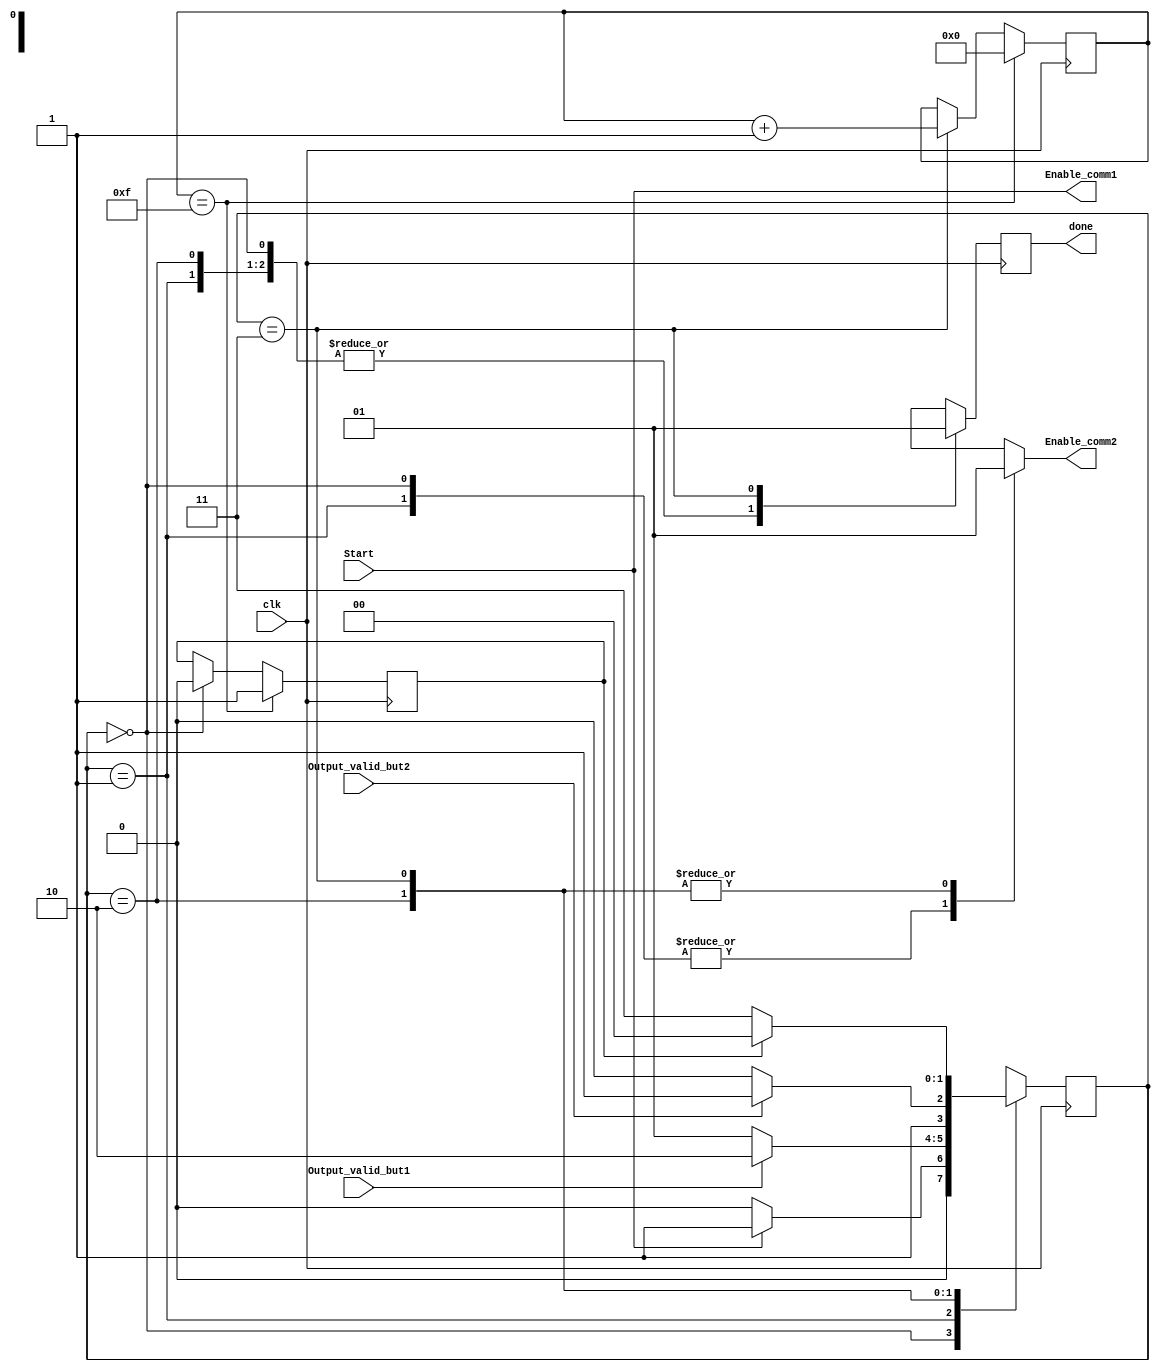
`timescale 1ns / 1ps
//////////////////////////////////////////////////////////////////////////////////
// Company: 
// Engineer: 
// 
// Design Name: 
// Module Name: Controller
// Project Name: 
// Target Devices: 
// Tool Versions: 
// Description: 
// 
// Dependencies: 
// 
// Revision:
// Revision 0.01 - File Created
// Additional Comments:
// 
//////////////////////////////////////////////////////////////////////////////////


module Controller(
    input Start,
    input Output_valid_but1,
    input Output_valid_but2,
    input clk,
    output reg Enable_comm1,
    output reg Enable_comm2,
    output reg done
    );
 
    localparam [1:0]
    S0 = 2'b00, S1 = 2'b01, S2 = 2'b10, S3 = 2'b11;
    reg[1:0] next_state,state=S0;
    reg [4:0] counter=0;
    reg flag=0;     //indicate finishing the job
    reg done_next_posedge=0;
    
    always @*
    begin
        Enable_comm1 <= Start;
        case (state)
            S0:
                begin
                    //Enable_comm1 <= 0;
                    Enable_comm2 <= 0;
                    done_next_posedge <= 0;
                    
                    if(Start)
                        next_state <= S1;
                    else
                        next_state <= S0;
                end
            S1:
                begin
                    //Enable_comm1 <= 1;
                    Enable_comm2 <= 0;
                    done_next_posedge <= 0;
                    if(Output_valid_but1)
                        next_state <= S2;
                    else
                        next_state <= S1;
                end
            S2:
                begin
                    //Enable_comm1 <= 1;
                    Enable_comm2 <= 1;
                    done_next_posedge <= 0;
                    if(Output_valid_but2)
                        next_state <= S3;
                    else
                        next_state <= S2;
                end
            S3:
                begin
                    //Enable_comm1 <= 1;
                    Enable_comm2 <= 1;
                    done_next_posedge <= 1;
                    if(flag)
                        next_state <= S0;
                    else
                        next_state <= S3;
                end
        endcase
    end 
    
    always @(posedge clk)
        done <= done_next_posedge;
    
    always @(posedge clk)
    begin
        if(state == S0)
            flag<=0;
        if(state == S3)
            counter<=counter+1;
        if(counter==15)
            begin
                flag<=1;
                counter<=0;
            end
    end
    
    always @(negedge clk)
    begin
        state <= next_state;
    end
endmodule